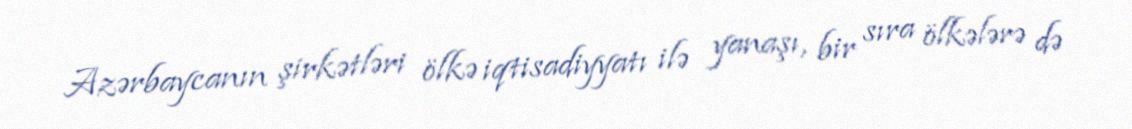
Azərbaycanın şirkətləri ölkə iqtisadiyyatı ilə yanaşı, bir sıra ölkələrə də